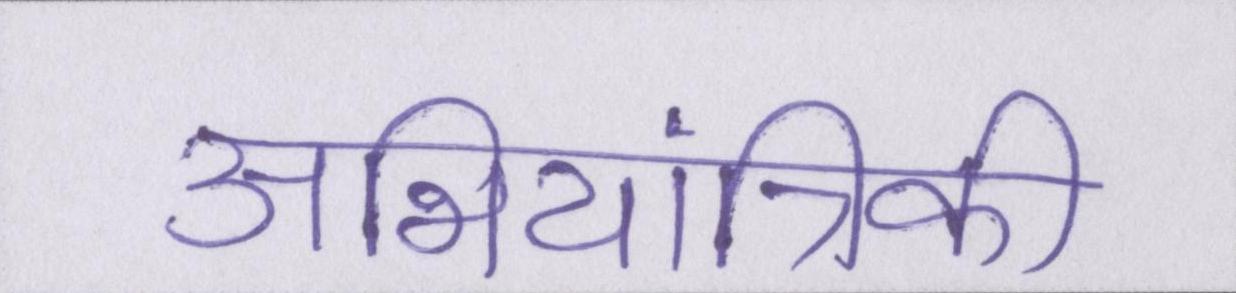
अभियांत्रिकी